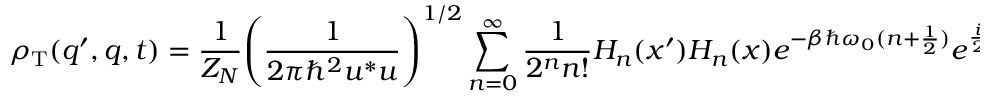
\rho _ { \mathrm { T } } ( q ^ { \prime } , q , t ) = \frac { 1 } { Z _ { N } } \Biggl ( \frac { 1 } { 2 \pi \hbar ^ { 2 } u ^ { * } u } \Biggr ) ^ { 1 / 2 } \sum _ { n = 0 } ^ { \infty } \frac { 1 } { 2 ^ { n } n ! } H _ { n } ( x ^ { \prime } ) H _ { n } ( x ) e ^ { - \beta \hbar \omega _ { 0 } ( n + \frac { 1 } { 2 } ) } e ^ { \frac { i } { 2 } \frac { m } { \hbar } \frac { \dot { u } ^ { * } } { u ^ { * } } q ^ { 2 } - \frac { i } { 2 } \frac { m } { \hbar } \frac { \dot { u } } { u } q ^ { 2 } } .